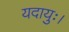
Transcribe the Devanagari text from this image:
यदायुः।